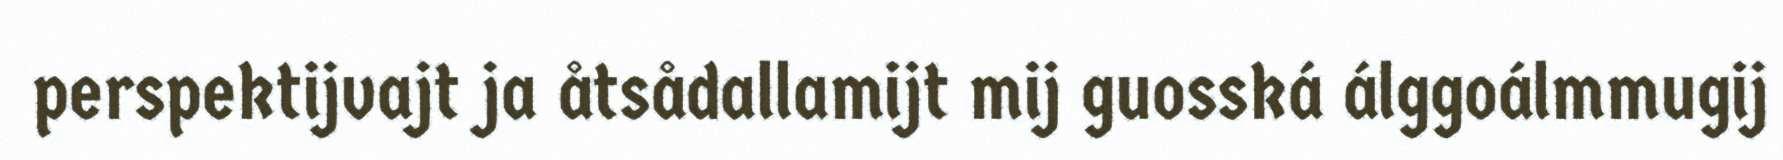
perspektijvajt ja åtsådallamijt mij guosská álggoálmmugij